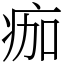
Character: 痂